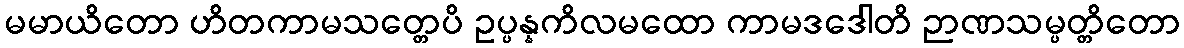
မမာယိတော ဟိတကာမသတ္တေပိ ဥပ္ပန္နကိလမထော ကာမဒဒေါတိ ဉာဏသမ္ပတ္တိတော